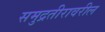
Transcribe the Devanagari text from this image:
समुद्रतीरावरील